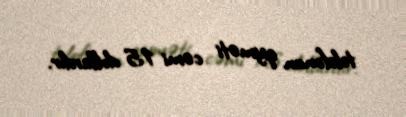
telefonun qiyməti cəmi 15 dollardır.